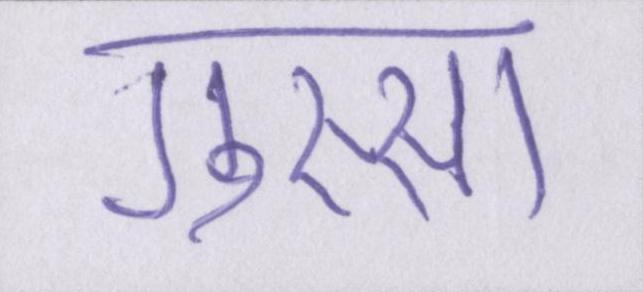
गुस्सा